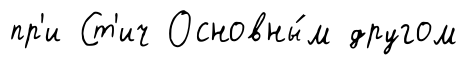
пр'и Ст'ич Основны́м другом